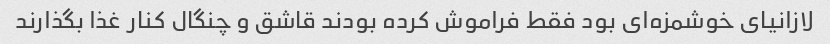
لازانیای خوشمزه‌ای بود فقط فراموش کرده بودند قاشق و چنگال کنار غذا بگذارند